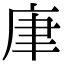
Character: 㡽